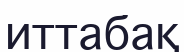
иттабақ